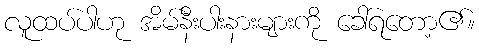
လူထပ်ပါဟု အိမ်နီးပါးနားများကို ခေါ်ရတော့၏။